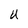
Character: U